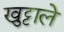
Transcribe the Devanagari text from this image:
खुट्टाले